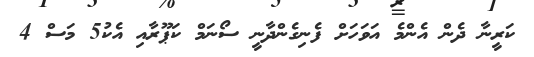
ކަރީނާ ދެން އެންމެ އަވަހަށް ފެނިގެންދާނީ ސޯނަމް ކަޕޫރާއި އެކު5 މަސް 4